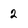
Character: 2